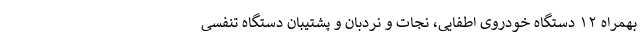
بهمراه ۱۲ دستگاه خودروی اطفایی، نجات و نردبان و پشتیبان دستگاه تنفسی